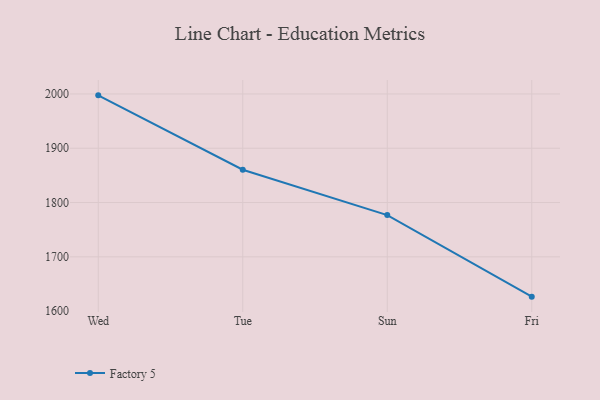
{"axis": {"x": "Day", "y": "Humidity (%)"}, "legend": ["Factory 5"], "data": [{"x": "Wed", "y": 1997.4, "type": "Factory 5"}, {"x": "Tue", "y": 1860.4, "type": "Factory 5"}, {"x": "Sun", "y": 1776.9, "type": "Factory 5"}, {"x": "Fri", "y": 1626.7, "type": "Factory 5"}]}